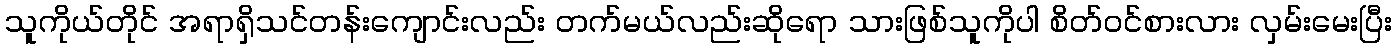
သူကိုယ်တိုင် အရာရှိသင်တန်းကျောင်းလည်း တက်မယ်လည်းဆိုရော သားဖြစ်သူကိုပါ စိတ်ဝင်စားလား လှမ်းမေးပြီး